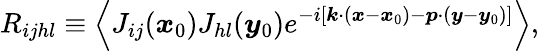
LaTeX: R_{ijhl}\equiv\left\langle J_{ij}(\boldsymbol{x}_{0})J_{hl}(\boldsymbol{y}_{0})e^{-i\left[\boldsymbol{k}\cdot(\boldsymbol{x}-\boldsymbol{x}_{0})-\boldsymbol{p}\cdot(\boldsymbol{y}-\boldsymbol{y}_{0})\right]}\right\rangle,